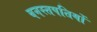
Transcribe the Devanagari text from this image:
वनस्तपतियों